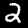
Digit: 2